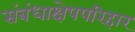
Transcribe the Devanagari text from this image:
संबंधाक्षेपपरिहार